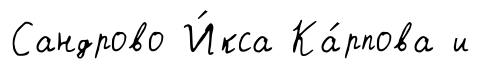
Сандрово И́кса Ка́рпова и